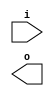
module buffer( i , o );
  input i ;
  output o ;
endmodule
module inverter( i , o );
  input i ;
  output o ;
endmodule
module top( x0 , x1 , x2 , x3 , x4 , x5 , x6 , y0 , y1 , y2 , y3 , y4 , y5 , y6 , y7 , y8 , y9 );
  input x0 , x1 , x2 , x3 , x4 , x5 , x6 ;
  output y0 , y1 , y2 , y3 , y4 , y5 , y6 , y7 , y8 , y9 ;
  wire n2 , n3 , n4 , n5 , n6 , n7 , n8 , n10 , n11 , n12 , n13 , n14 , n15 , n17 , n18 , n19 , n20 , n21 , n23 , n24 , n25 , n26 , n27 , n28 , n29 , n30 , n31 , n33 , n34 , n35 , n36 , n37 , n38 , n39 , n41 , n42 , n43 , n44 , n45 , n46 , n47 , n49 , n50 , n51 , n52 , n53 , n54 , n55 , n56 , n57 , n58 , n59 , n60 , n61 , n62 , n63 , n64 , n65 , n66 , n67 , n68 , n69 , n70 , n71 , n72 , n73 , n74 , n75 , n76 , n77 , n78 , n79 , n80 , n81 , n82 , n83 , n84 , n85 , n86 , n87 , n88 , n89 , n90 , n91 , n92 , n93 , n94 , n95 , n96 , n97 , n98 , n99 , n100 , n101 , n102 , n103 , n104 , n105 , n106 , n107 , n108 , n109 , n110 , n111 , n112 , n113 , n114 , n115 ;
  buffer buf_n10( .i (x1), .o (n10) );
  buffer buf_n17( .i (x2), .o (n17) );
  assign n54 = n10 | n17 ;
  buffer buf_n2( .i (x0), .o (n2) );
  buffer buf_n23( .i (x3), .o (n23) );
  assign n55 = ( n2 & n17 ) | ( n2 & n23 ) | ( n17 & n23 ) ;
  assign n56 = n54 & n55 ;
  buffer buf_n57( .i (n56), .o (n57) );
  buffer buf_n33( .i (x4), .o (n33) );
  buffer buf_n34( .i (n33), .o (n34) );
  buffer buf_n35( .i (n34), .o (n35) );
  buffer buf_n49( .i (x6), .o (n49) );
  buffer buf_n50( .i (n49), .o (n50) );
  buffer buf_n51( .i (n50), .o (n51) );
  buffer buf_n41( .i (x5), .o (n41) );
  assign n59 = ( n2 & n10 ) | ( n2 & n41 ) | ( n10 & n41 ) ;
  buffer buf_n60( .i (n59), .o (n60) );
  assign n62 = ( n35 & n51 ) | ( n35 & n60 ) | ( n51 & n60 ) ;
  assign n63 = ( n2 & n41 ) | ( n2 & n49 ) | ( n41 & n49 ) ;
  buffer buf_n64( .i (n63), .o (n64) );
  assign n66 = ( n35 & n51 ) | ( n35 & n64 ) | ( n51 & n64 ) ;
  assign n67 = ( n57 & n62 ) | ( n57 & n66 ) | ( n62 & n66 ) ;
  buffer buf_n68( .i (n67), .o (n68) );
  buffer buf_n36( .i (n35), .o (n36) );
  buffer buf_n37( .i (n36), .o (n37) );
  buffer buf_n42( .i (n41), .o (n42) );
  buffer buf_n43( .i (n42), .o (n43) );
  buffer buf_n44( .i (n43), .o (n44) );
  buffer buf_n45( .i (n44), .o (n45) );
  assign n70 = n37 & n45 ;
  assign n71 = n68 & n70 ;
  buffer buf_n72( .i (n71), .o (n72) );
  buffer buf_n38( .i (n37), .o (n38) );
  buffer buf_n39( .i (n38), .o (n39) );
  buffer buf_n69( .i (n68), .o (n69) );
  buffer buf_n46( .i (n45), .o (n46) );
  assign n74 = n38 | n46 ;
  assign n75 = ( n39 & n69 ) | ( n39 & n74 ) | ( n69 & n74 ) ;
  assign n76 = ~n72 & n75 ;
  buffer buf_n47( .i (n46), .o (n47) );
  assign n77 = n47 & n69 ;
  assign n78 = n47 | n69 ;
  assign n79 = ~n77 & n78 ;
  buffer buf_n58( .i (n57), .o (n58) );
  buffer buf_n52( .i (n51), .o (n52) );
  buffer buf_n61( .i (n60), .o (n61) );
  assign n80 = ( ~n36 & n52 ) | ( ~n36 & n61 ) | ( n52 & n61 ) ;
  buffer buf_n65( .i (n64), .o (n65) );
  assign n81 = ( ~n36 & n52 ) | ( ~n36 & n65 ) | ( n52 & n65 ) ;
  assign n82 = ( n58 & n80 ) | ( n58 & n81 ) | ( n80 & n81 ) ;
  assign n83 = ( n38 & ~n68 ) | ( n38 & n82 ) | ( ~n68 & n82 ) ;
  buffer buf_n84( .i (n83), .o (n84) );
  buffer buf_n85( .i (n84), .o (n85) );
  buffer buf_n3( .i (n2), .o (n3) );
  buffer buf_n4( .i (n3), .o (n4) );
  buffer buf_n5( .i (n4), .o (n5) );
  buffer buf_n6( .i (n5), .o (n6) );
  assign n86 = ( n57 & n61 ) | ( n57 & n65 ) | ( n61 & n65 ) ;
  buffer buf_n11( .i (n10), .o (n11) );
  buffer buf_n12( .i (n11), .o (n12) );
  assign n87 = ( ~n4 & n12 ) | ( ~n4 & n43 ) | ( n12 & n43 ) ;
  assign n88 = ( ~n4 & n43 ) | ( ~n4 & n51 ) | ( n43 & n51 ) ;
  assign n89 = ( n57 & n87 ) | ( n57 & n88 ) | ( n87 & n88 ) ;
  assign n90 = ( n6 & ~n86 ) | ( n6 & n89 ) | ( ~n86 & n89 ) ;
  buffer buf_n91( .i (n90), .o (n91) );
  buffer buf_n92( .i (n91), .o (n92) );
  buffer buf_n93( .i (n92), .o (n93) );
  buffer buf_n13( .i (n12), .o (n13) );
  buffer buf_n14( .i (n13), .o (n14) );
  buffer buf_n15( .i (n14), .o (n15) );
  buffer buf_n53( .i (n52), .o (n53) );
  assign n94 = ( n14 & n53 ) | ( n14 & n58 ) | ( n53 & n58 ) ;
  assign n95 = ( ~n14 & n53 ) | ( ~n14 & n58 ) | ( n53 & n58 ) ;
  assign n96 = ( n15 & ~n94 ) | ( n15 & n95 ) | ( ~n94 & n95 ) ;
  buffer buf_n97( .i (n96), .o (n97) );
  buffer buf_n98( .i (n97), .o (n98) );
  buffer buf_n7( .i (n6), .o (n7) );
  buffer buf_n8( .i (n7), .o (n8) );
  buffer buf_n18( .i (n17), .o (n18) );
  buffer buf_n19( .i (n18), .o (n19) );
  buffer buf_n24( .i (n23), .o (n24) );
  buffer buf_n25( .i (n24), .o (n25) );
  assign n99 = ~n19 & n25 ;
  buffer buf_n100( .i (n99), .o (n100) );
  assign n103 = n14 & n100 ;
  buffer buf_n104( .i (n103), .o (n104) );
  assign n105 = n8 | n104 ;
  buffer buf_n20( .i (n19), .o (n20) );
  buffer buf_n21( .i (n20), .o (n21) );
  buffer buf_n26( .i (n25), .o (n26) );
  buffer buf_n27( .i (n26), .o (n27) );
  assign n106 = n21 & ~n27 ;
  buffer buf_n107( .i (n106), .o (n107) );
  assign n108 = ( n8 & n104 ) | ( n8 & n107 ) | ( n104 & n107 ) ;
  assign n109 = ~n8 & n107 ;
  assign n110 = ( n105 & ~n108 ) | ( n105 & n109 ) | ( ~n108 & n109 ) ;
  buffer buf_n101( .i (n100), .o (n101) );
  assign n111 = n15 | n101 ;
  assign n112 = ~n104 & n111 ;
  buffer buf_n113( .i (n112), .o (n113) );
  buffer buf_n102( .i (n101), .o (n102) );
  assign n114 = n102 | n107 ;
  buffer buf_n115( .i (n114), .o (n115) );
  buffer buf_n28( .i (n27), .o (n28) );
  buffer buf_n29( .i (n28), .o (n29) );
  buffer buf_n30( .i (n29), .o (n30) );
  buffer buf_n31( .i (n30), .o (n31) );
  buffer buf_n73( .i (n72), .o (n73) );
  assign y0 = n76 ;
  assign y1 = n79 ;
  assign y2 = n85 ;
  assign y3 = n93 ;
  assign y4 = n98 ;
  assign y5 = n110 ;
  assign y6 = n113 ;
  assign y7 = n115 ;
  assign y8 = ~n31 ;
  assign y9 = n73 ;
endmodule